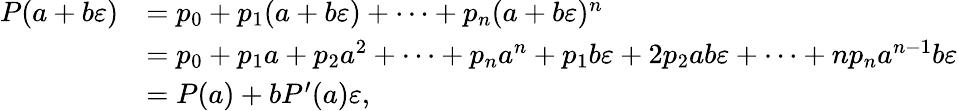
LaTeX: {\begin{array}{rl}{P(a+b\varepsilon)}&{=p_{0}+p_{1}(a+b\varepsilon)+\cdots+p_{n}(a+b\varepsilon)^{n}}\\ &{=p_{0}+p_{1}a+p_{2}a^{2}+\cdots+p_{n}a^{n}+p_{1}b\varepsilon+2p_{2}ab\varepsilon+\cdots+np_{n}a^{n-1}b\varepsilon}\\ &{=P(a)+bP^{\prime}(a)\varepsilon,}\end{array}}